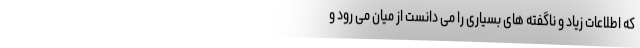
که اطلاعات زیاد و ناگفته های بسیاری را می دانست از میان می رود و